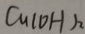
C u ( O H ) _ { 2 }